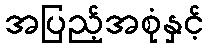
အပြည့်အစုံနှင့်